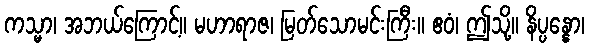
ကသ္မာ၊ အဘယ်ကြောင့်။ မဟာရာဇ၊ မြတ်သောမင်းကြီး။ ဧဝံ၊ ဤသို့။ နိပ္ပန္နော၊